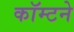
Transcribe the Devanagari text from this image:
कॉम्टने